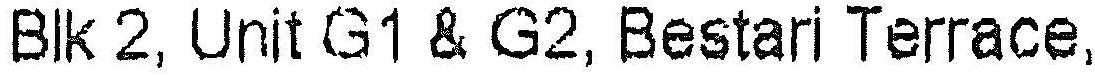
BLK 2, UNIT G1 & G2, BESTARI TERRACE,